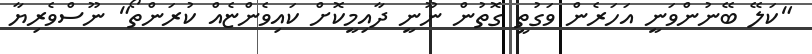
"ކަލޭ ބޭނުންވަނީ އަހަރެން ވަގުތީ ގޮތުން ނޫނީ ދާއިމީކޮށް ކައިވެންޏެއް ކުރަންތޯ" ނޫސްވެރިޔާ